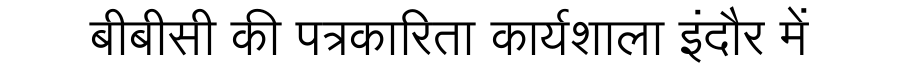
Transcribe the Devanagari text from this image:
बीबीसी की पत्रकारिता कार्यशाला इंदौर में